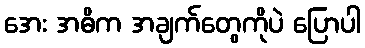
အေး အဓိက အချက်တွေကိုပဲ ပြောပါ